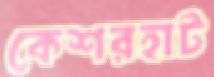
কেশরহাট